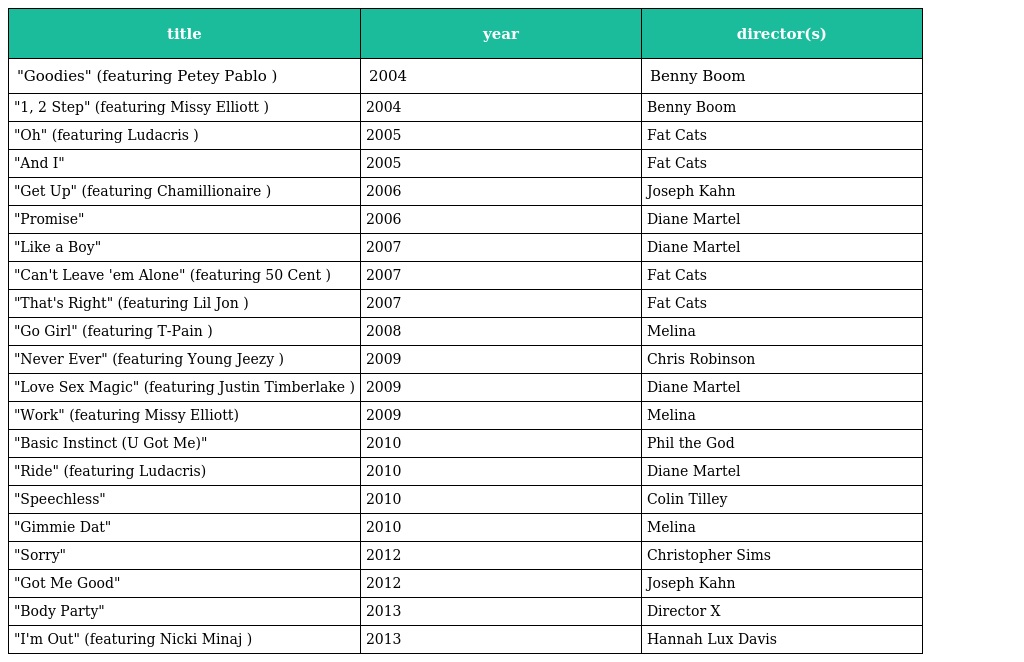
| title | year | director(s) |
 | --- | --- | --- |
 | "Goodies" (featuring Petey Pablo ) | 2004 | Benny Boom |
 | "1, 2 Step" (featuring Missy Elliott ) | 2004 | Benny Boom |
 | "Oh" (featuring Ludacris ) | 2005 | Fat Cats |
 | "And I" | 2005 | Fat Cats |
 | "Get Up" (featuring Chamillionaire ) | 2006 | Joseph Kahn |
 | "Promise" | 2006 | Diane Martel |
 | "Like a Boy" | 2007 | Diane Martel |
 | "Can't Leave 'em Alone" (featuring 50 Cent ) | 2007 | Fat Cats |
 | "That's Right" (featuring Lil Jon ) | 2007 | Fat Cats |
 | "Go Girl" (featuring T-Pain ) | 2008 | Melina |
 | "Never Ever" (featuring Young Jeezy ) | 2009 | Chris Robinson |
 | "Love Sex Magic" (featuring Justin Timberlake ) | 2009 | Diane Martel |
 | "Work" (featuring Missy Elliott) | 2009 | Melina |
 | "Basic Instinct (U Got Me)" | 2010 | Phil the God |
 | "Ride" (featuring Ludacris) | 2010 | Diane Martel |
 | "Speechless" | 2010 | Colin Tilley |
 | "Gimmie Dat" | 2010 | Melina |
 | "Sorry" | 2012 | Christopher Sims |
 | "Got Me Good" | 2012 | Joseph Kahn |
 | "Body Party" | 2013 | Director X |
 | "I'm Out" (featuring Nicki Minaj ) | 2013 | Hannah Lux Davis |